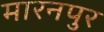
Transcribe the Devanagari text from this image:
मारनपुर